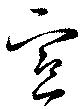
宣